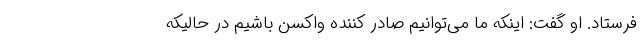
فرستاد. او گفت: اینکه ما می‌توانیم صادر کننده واکسن باشیم در حالیکه